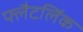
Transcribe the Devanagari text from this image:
फ्लैटलिंक